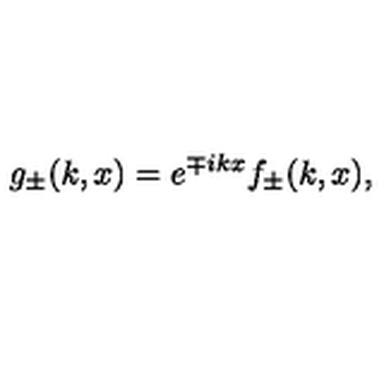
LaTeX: g _ { \pm } ( k , x ) = e ^ { \mp i k x } f _ { \pm } ( k , x ) ,